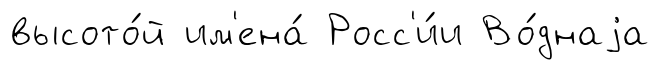
высото́й им'ена́ Росс'и́и Во́днаjа